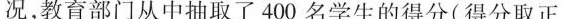
况，教育部门从中抽取了400名学生的得分(得分取正